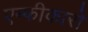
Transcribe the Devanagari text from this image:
एम्फीकारों